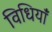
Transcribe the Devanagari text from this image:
विधियाँं